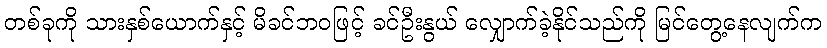
တစ်ခုကို သားနှစ်ယောက်နှင့် မိခင်ဘဝဖြင့် ခင်ဦးနွယ် လျှောက်ခဲ့နိုင်သည်ကို မြင်တွေ့နေလျက်က